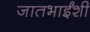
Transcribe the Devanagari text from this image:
जातभाईंशी